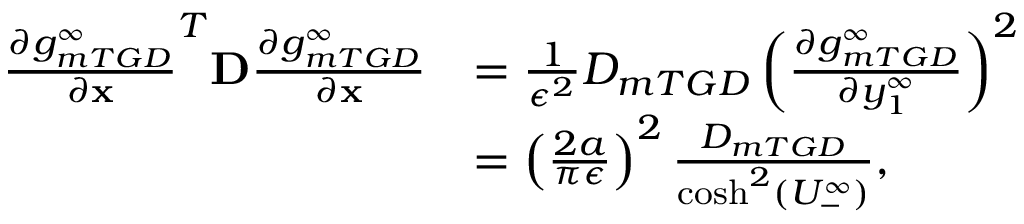
\begin{array} { r l } { \frac { \partial g _ { m T G D } ^ { \infty } } { \partial \mathbf { x } } ^ { T } \mathbf { D } \frac { \partial g _ { m T G D } ^ { \infty } } { \partial \mathbf { x } } } & { = \frac { 1 } { \epsilon ^ { 2 } } D _ { m T G D } \left( \frac { \partial g _ { m T G D } ^ { \infty } } { \partial y _ { 1 } ^ { \infty } } \right) ^ { 2 } } \\ & { = \left( \frac { 2 a } { \pi \epsilon } \right) ^ { 2 } \frac { D _ { m T G D } } { \cosh ^ { 2 } ( U _ { - } ^ { \infty } ) } , } \end{array}